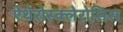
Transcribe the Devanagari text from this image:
ऐथेरोस्क्लेरोसिस